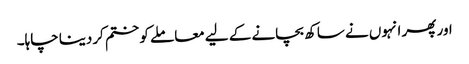
اور پھر انہوں نے ساکھ بچانے کے لیے معاملے کو ختم کردینا چاہا۔